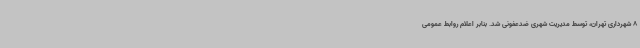
8 شهرداری تهران، توسط مدیریت شهری ضدعفونی شد. بنابر اعلام روابط عمومی